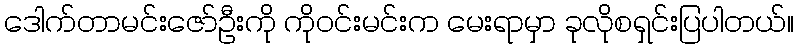
ဒေါက်တာမင်းဇော်ဦးကို ကိုဝင်းမင်းက မေးရာမှာ ခုလိုစရှင်းပြပါတယ်။